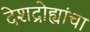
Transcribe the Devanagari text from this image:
देशद्रोह्यांचा